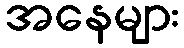
အနေများ